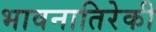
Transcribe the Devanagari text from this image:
भावनातिरेकी